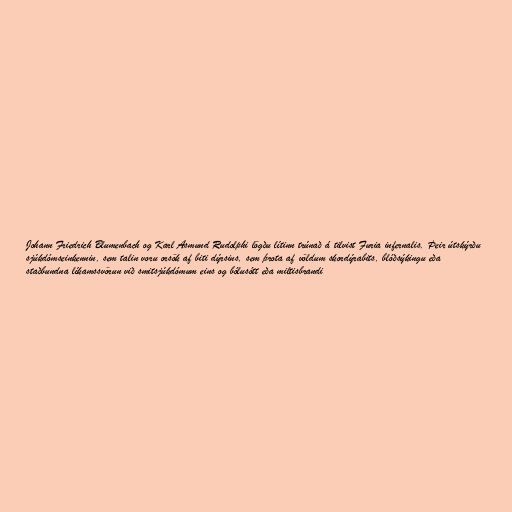
Johann Friedrich Blumenbach og Karl Asmund Rudolphi lögðu lítinn trúnað á tilvist Furia infernalis. Þeir útskýrðu
sjúkdómseinkennin, sem talin voru orsök af biti dýrsins, sem þrota af völdum skordýrabits, blóðsýkingu eða
staðbundna líkamssvörun við smitsjúkdómum eins og bólusótt eða miltisbrandi